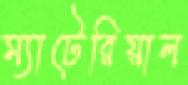
ম্যাটেরিয়াল